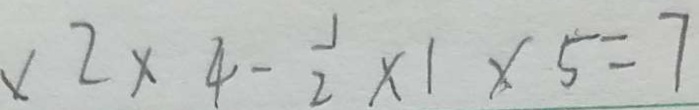
\times 2 \times 4 - \frac { 1 } { 2 } \times 1 \times 5 = 7